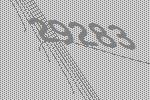
29283